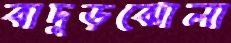
বাদুড়ঝোলা